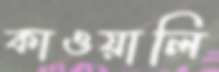
কাওয়ালি